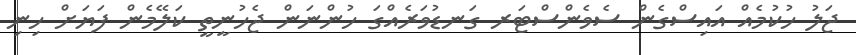
ޖަލު ހުކުމެއް އައިސްގެން ސެވެންސްޓަރ ގަނޑުވަރެއްގަ ހުންނަން ޖެހުނީތީ ކަލޭމެން ފަޔަށް ހިނި